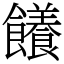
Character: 䭥